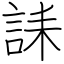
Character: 誄